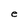
Character: B